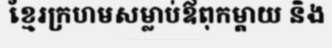
ខ្មែរក្រហមសម្លាប់ឪពុកម្តាយ និង